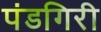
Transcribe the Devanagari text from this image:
पंडगिरी